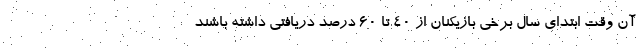
آن وقت ابتدای سال برخی بازیکنان از ۴۰ تا ۶۰ درصد دریافتی داشته باشند